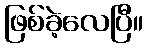
ဖြစ်ခဲ့လေပြီ။